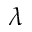
\lambda